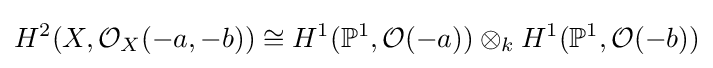
H^{2}(X,{\mathcal {O}}_{X}(-a,-b))\cong H^{1}(\mathbb {P} ^{1},{\mathcal {O}}(-a))\otimes _{k}H^{1}(\mathbb {P} ^{1},{\mathcal {O}}(-b))